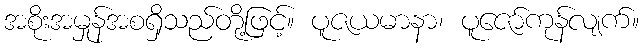
အစိုးအမှုန်အစရှိသည်တို့ဖြင့်။ ပူဇယမာနာ၊ ပူဇော်ကုန်လျက်။